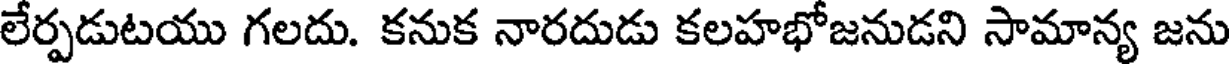
లేర్పడుటయు గలదు. కనుక నారదుడు కలహభోజనుడని సామాన్య జను